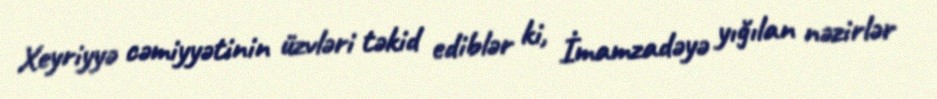
Xeyriyyə cəmiyyətinin üzvləri təkid ediblər ki, İmamzadəyə yığılan nəzirlər